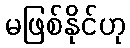
မဖြစ်နိုင်ဟု